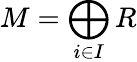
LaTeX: M=\bigoplus_{i\in I}R